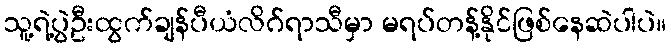
သူ့ရဲ့ပွဲဦးထွက်ချန်ပီယံလိဂ်ရာသီမှာ မရပ်တန့်နိုင်ဖြစ်နေဆဲပါပဲ။